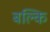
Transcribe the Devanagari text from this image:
बल्कि